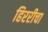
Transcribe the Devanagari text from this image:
हिररीचा